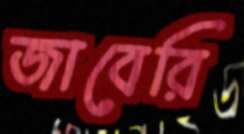
জাবেরি